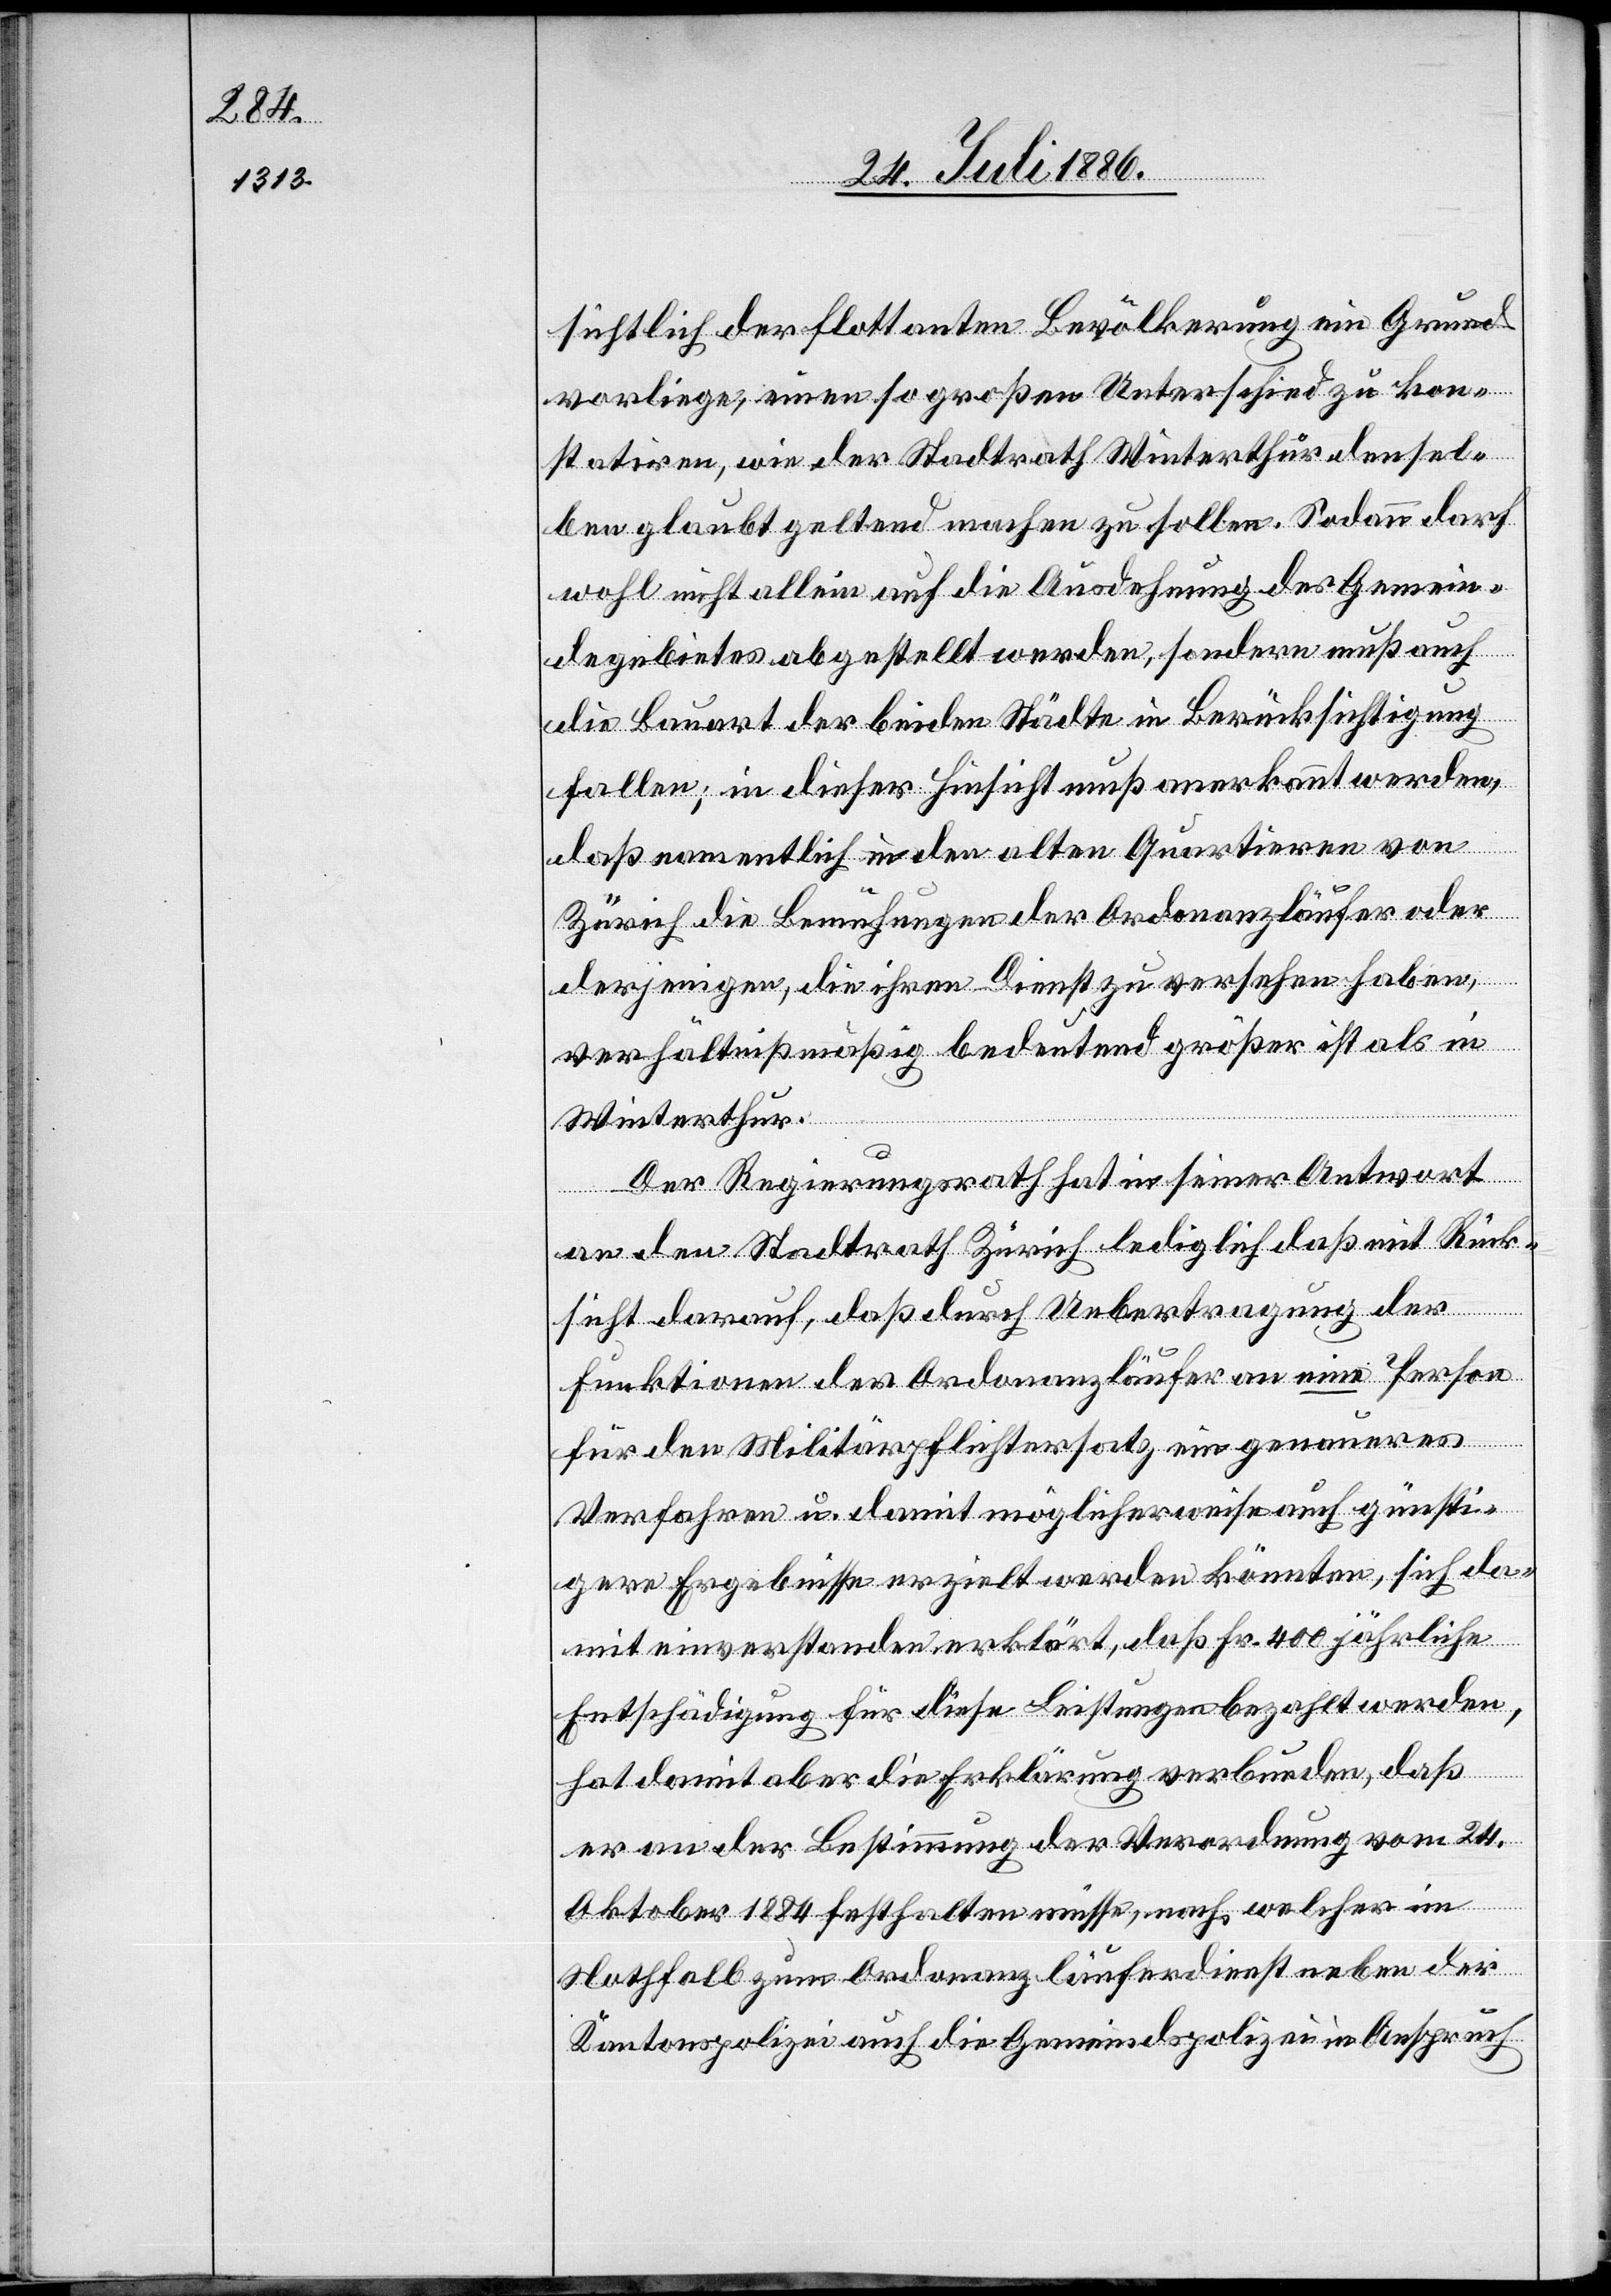
sichtlich der flottanten Bevölkerung ein Grund
vorliege, einen so großen Unterschied zu kon¬
statirten, wie der Stadtrath Winterthur densel¬
ben glaubt geltend machen zu sollen. Sodann darf
wohl nicht allein auf die Ausdehnung des Gemein¬
degebietes abgestellt werden, sondern muß auch
die Bauart der beiden Städte in Berücksichtigung
fallen; in dieser Hinsicht muß anerkannt werden,
daß namentlich in den alten Quartieren von
Zürich die Bemühungen der Ordonanzläufer oder
derjenigen, die ihren Dienst zu versehen haben,
verhältnißmäßig bedeutend größer ist als in
Winterthur.
Der Regierungsrath hat in seiner Antwort
an den Stadtrath Zürich lediglich daß mit Rück¬
sicht darauf, daß durch Uebertragung der
Funktionen des Ordonanzläufer an eine Person
für dem Militärpflichtersatz ein genaueres
Verfahren u. damit möglicherweise auch günsti¬
gere Ergebnisse erzielt werden könnten, sich da¬
mit einverstanden erklärt, daß Fr. 400 jährliche
Entschädigung für diese Leistungen bezahlt werden,
hat damit aber die Erklärung verbunden, daß
er an der Bestimmung der Verordnung vom 24.
Oktober 1884 festhalten müsse, nach welcher m
Nothfall zum Ordonanzläuferdienst neben der
Kantonspolizei auch die Gemeindepolizei in Anspruch